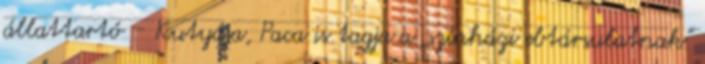
állattartó – Kutyája, Paca is tagja a „színházi ebtársulatnak”